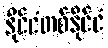
နိုင်ငံတစ်နိုင်ငံ